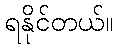
ရနိုင်တယ်။